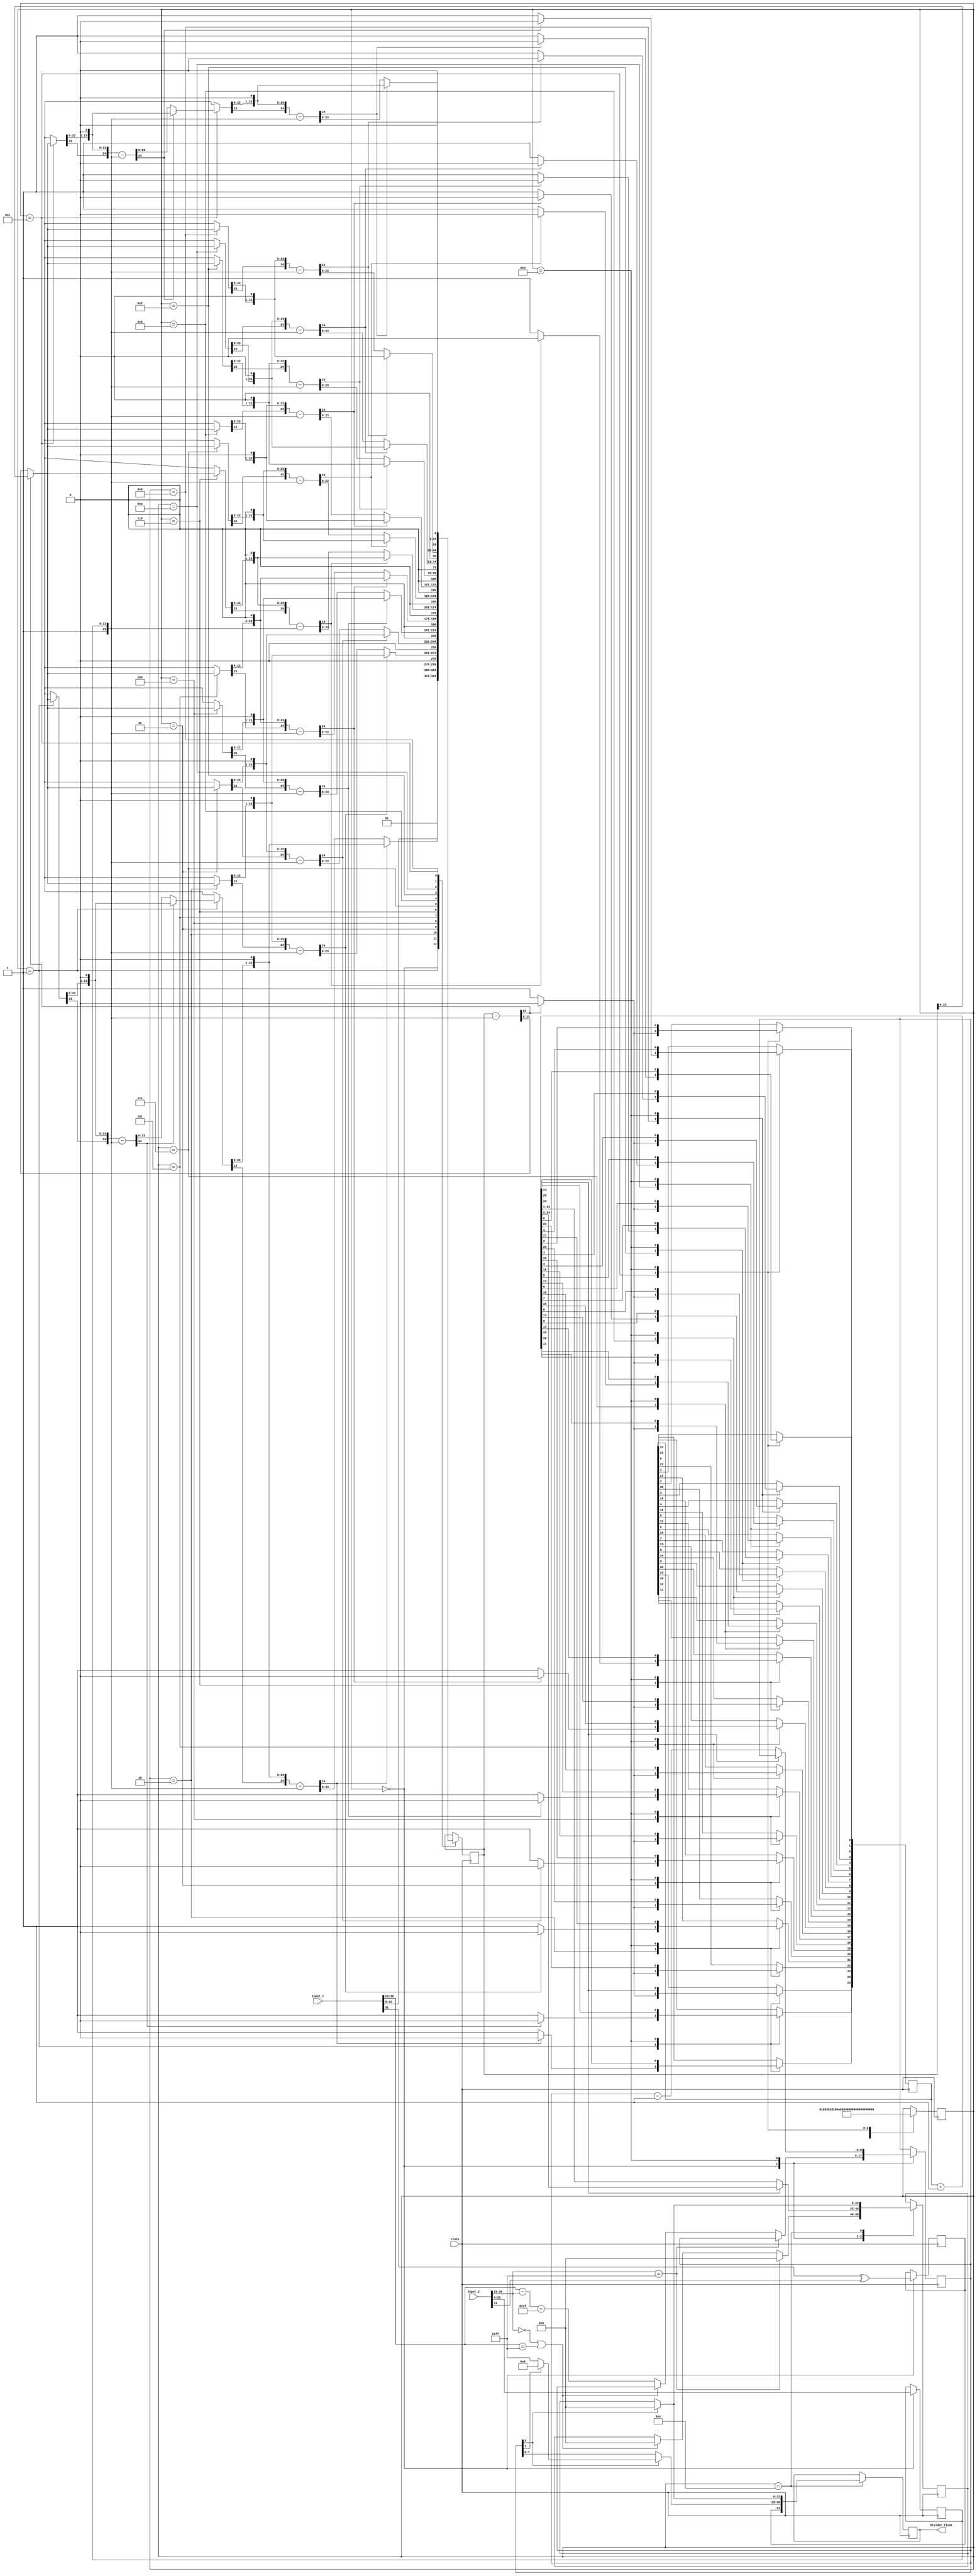
`timescale 1ns / 1ps
//////////////////////////////////////////////////////////////////////////////////
// Company: 
// Engineer: 
// 
// Design Name: 
// Module Name: Divider
// Project Name: 
// Target Devices: 
// Tool Versions: 
// Description: 
// 
// Dependencies: 
// 
// Revision:
// Revision 0.01 - File Created
// Additional Comments:
// 
//////////////////////////////////////////////////////////////////////////////////

module Divider(
		input clock,
		input [31:0] Input_1,
		input [31:0] Input_2,
		output reg [31:0] Divider_Float
    );
    
    reg [22:0] Input_1_mnt, Input_2_mnt, Divider_Float_mnt;
    reg [7:0] Input_1_exp, Input_2_exp, Divider_Float_exp;
    reg Input_1_sign, Input_2_sign, Divider_Float_sign;
    reg [24:0] partial_remainder, temp_remainder;
    reg [8:0] temp_exp; 
    reg [25:0] quotient;
    
    integer i_for;
    
    reg [8:0] state = 'b0;
        
    always @(posedge clock)
    begin
    case (state)
	'b0:
    begin
		//Breaking the inputs into sign, exponent and mantissa based on IEEE format
        Input_1_mnt = Input_1[22:0];
        Input_1_exp = Input_1[30:23];
        Input_1_sign = Input_1[31];
        Input_2_mnt = Input_2[22:0];
        Input_2_exp = Input_2[30:23];
        Input_2_sign = Input_2[31];
		
        Divider_Float_sign = Input_1_sign ^ Input_2_sign;	//Sign calculation
		
		//Checking special cases to skip the rest of steps if possible
        if(Input_2_exp == 255)								//Division by infinity
        begin
            Divider_Float_exp = 'b0;
            Divider_Float_mnt = 'b0;
        end
        else if(Input_2_exp == 0 || Input_1_exp == 255)		//Division by zero, Division of infinity
        begin
            Divider_Float_exp = 'b11111111;
            Divider_Float_mnt = 'b0;
        end
        else
        begin
            temp_exp = {{1'b0}, Input_1_exp} - {{1'b0}, Input_2_exp} + 127;
        end
		//Mantissa division is conducted using restoring algorithm for unsigned binary nyumbers
        partial_remainder = {{2'b01}, Input_1_mnt};			//leading "1"
        i_for = 25;
        state = 'b1;
    end
    'b1: 
    begin  
		//Normalizing the results for the defined leading "1" in IEEE format
		//Shifting left the mantissa and adjussting the expont while the last bit is "0"
        for(i_for = 25; i_for >= 23; i_for = i_for - 1)
        begin
            temp_remainder = partial_remainder - {{2'b01}, Input_2_mnt};
            if(temp_remainder[24] == 1'b0)
            begin 
                quotient[i_for] = 1'b1;
                partial_remainder = temp_remainder;
            end
            else
            begin
                quotient[i_for] = 1'b0;
            end 
            partial_remainder = {{partial_remainder[23:0]}, {1'b0}};
        end
        state = 'b10;
    end
    'b10:
    begin  
		//Normalizing the results for the defined leading "1" in IEEE format
		//Shifting left the mantissa and adjussting the expont while the last bit is "0"
        for(i_for = 22; i_for >= 21; i_for = i_for - 1)
        begin
            temp_remainder = partial_remainder - {{2'b01}, Input_2_mnt};
            if(temp_remainder[24] == 1'b0)
            begin 
                quotient[i_for] = 1'b1;
                partial_remainder = temp_remainder;
            end
            else
            begin
                quotient[i_for] = 1'b0;
            end 
            partial_remainder = {{partial_remainder[23:0]}, {1'b0}};
        end
        state = 'b11;
    end
    'b11:
    begin 
		//Normalizing the results for the defined leading "1" in IEEE format
		//Shifting left the mantissa and adjussting the expont while the last bit is "0"
        for(i_for = 20; i_for >= 19; i_for = i_for - 1)
        begin
            temp_remainder = partial_remainder - {{2'b01}, Input_2_mnt};
            if(temp_remainder[24] == 1'b0)
            begin 
                quotient[i_for] = 1'b1;
                partial_remainder = temp_remainder;
            end
            else
            begin
                quotient[i_for] = 1'b0;
            end 
            partial_remainder = {{partial_remainder[23:0]}, {1'b0}};
        end
        state = 'b100;
    end    
    'b100:
    begin
		//Normalizing the results for the defined leading "1" in IEEE format
		//Shifting left the mantissa and adjussting the expont while the last bit is "0"
        for(i_for = 18; i_for >= 17; i_for = i_for - 1)
        begin
            temp_remainder = partial_remainder - {{2'b01}, Input_2_mnt};
            if(temp_remainder[24] == 1'b0)
            begin 
                quotient[i_for] = 1'b1;
                partial_remainder = temp_remainder;
            end
            else
            begin
                quotient[i_for] = 1'b0;
            end 
            partial_remainder = {{partial_remainder[23:0]}, {1'b0}};
        end
        state = 'b101;
    end
    'b101:
    begin 
		//Normalizing the results for the defined leading "1" in IEEE format
		//Shifting left the mantissa and adjussting the expont while the last bit is "0"
        for(i_for = 16; i_for >= 15; i_for = i_for - 1)
        begin
            temp_remainder = partial_remainder - {{2'b01}, Input_2_mnt};
            if(temp_remainder[24] == 1'b0)
            begin 
                quotient[i_for] = 1'b1;
                partial_remainder = temp_remainder;
            end
            else
            begin
                quotient[i_for] = 1'b0;
            end 
            partial_remainder = {{partial_remainder[23:0]}, {1'b0}};
        end
        state = 'b110;
    end
    'b110: 
    begin 
		//Normalizing the results for the defined leading "1" in IEEE format
		//Shifting left the mantissa and adjussting the expont while the last bit is "0"
        for(i_for = 14; i_for >= 13; i_for = i_for - 1)
        begin
            temp_remainder = partial_remainder - {{2'b01}, Input_2_mnt};
            if(temp_remainder[24] == 1'b0)
            begin 
                quotient[i_for] = 1'b1;
                partial_remainder = temp_remainder;
            end
            else
            begin
                quotient[i_for] = 1'b0;
            end 
            partial_remainder = {{partial_remainder[23:0]}, {1'b0}};
        end
        state = 'b111;
    end  
    'b111:
    begin 
		//Normalizing the results for the defined leading "1" in IEEE format
		//Shifting left the mantissa and adjussting the expont while the last bit is "0"
        for(i_for = 12; i_for >= 11; i_for = i_for - 1)
        begin
            temp_remainder = partial_remainder - {{2'b01}, Input_2_mnt};
            if(temp_remainder[24] == 1'b0)
            begin 
                quotient[i_for] = 1'b1;
                partial_remainder = temp_remainder;
            end
            else
            begin
                quotient[i_for] = 1'b0;
            end 
            partial_remainder = {{partial_remainder[23:0]}, {1'b0}};
        end
        state = 'b1000;
    end
    'b1000: 
    begin 
		//Normalizing the results for the defined leading "1" in IEEE format
		//Shifting left the mantissa and adjussting the expont while the last bit is "0"
        for(i_for = 10; i_for >= 9; i_for = i_for - 1)
        begin
            temp_remainder = partial_remainder - {{2'b01}, Input_2_mnt};
            if(temp_remainder[24] == 1'b0)
            begin 
                quotient[i_for] = 1'b1;
                partial_remainder = temp_remainder;
            end
            else
            begin
                quotient[i_for] = 1'b0;
            end 
            partial_remainder = {{partial_remainder[23:0]}, {1'b0}};
        end
        state = 'b1001;
    end
    'b1001:
    begin 
		//Normalizing the results for the defined leading "1" in IEEE format
		//Shifting left the mantissa and adjussting the expont while the last bit is "0"
        for(i_for = 8;i_for >= 7;i_for = i_for - 1)
        begin
            temp_remainder = partial_remainder - {{2'b01}, Input_2_mnt};
            if(temp_remainder[24] == 1'b0)
            begin 
                quotient[i_for] = 1'b1;
                partial_remainder = temp_remainder;
            end
            else
            begin
                quotient[i_for] = 1'b0;
            end 
            partial_remainder = {{partial_remainder[23:0]}, {1'b0}};
        end
        state = 'b1010;
    end    
    'b1010:
    begin
		//Normalizing the results for the defined leading "1" in IEEE format
		//Shifting left the mantissa and adjussting the expont while the last bit is "0"
        for(i_for = 6;i_for >= 5;i_for = i_for - 1)
        begin
            temp_remainder = partial_remainder - {{2'b01}, Input_2_mnt};
            if(temp_remainder[24] == 1'b0 )
            begin 
                quotient[i_for] = 1'b1;
                partial_remainder = temp_remainder;
            end
            else
            begin
                quotient[i_for] = 1'b0;
            end 
            partial_remainder = {{partial_remainder[23:0]}, {1'b0}};
        end
        state = 'b1011;
    end
    'b1011:
    begin  
		//Normalizing the results for the defined leading "1" in IEEE format
		//Shifting left the mantissa and adjussting the expont while the last bit is "0"
        for(i_for = 4;i_for >= 3;i_for = i_for - 1)
        begin
            temp_remainder = partial_remainder - {{2'b01}, Input_2_mnt};
            if ( temp_remainder[24]==1'b0 )
            begin 
                quotient[i_for]=1'b1;
                partial_remainder = temp_remainder;
            end
            else
            begin
                quotient[i_for]=1'b0;
            end 
            partial_remainder = {{partial_remainder[23:0]}, {1'b0}};
        end
        state = 'b1100;
    end
    'b1100:
    begin  
		//Normalizing the results for the defined leading "1" in IEEE format
		//Shifting left the mantissa and adjussting the expont while the last bit is "0"
        for(i_for = 2; i_for >= 0; i_for = i_for - 1)
        begin
            temp_remainder = partial_remainder - {{2'b01}, Input_2_mnt};
            if(temp_remainder[24]==1'b0 )
            begin 
                quotient[i_for] = 1'b1;
                partial_remainder = temp_remainder;
            end
            else
            begin
                quotient[i_for]=1'b0;
            end 
            partial_remainder = {{partial_remainder[23:0]}, {1'b0}};
        end
        state = 'b1101;
    end
    'b1101:
    begin
        quotient = quotient + 1;		//round to nearest even
        if(quotient[25] == 1'b1)
        begin 
            Divider_Float_mnt = quotient[24:2];
        end
        else
        begin
            Divider_Float_mnt = quotient[23:1];
            temp_exp = temp_exp - 1;
        end
        state = 'b1110;
    end
    'b1110:
    begin
        if(temp_exp[8] == 1'b1)
        begin
            if(temp_exp[7] == 1'b1)		//underflow
            begin
                Divider_Float_exp = 'b0;
                Divider_Float_mnt = 'b0;
            end
            else						//overflow
            begin
                Divider_Float_exp = 'b11111111;
                Divider_Float_mnt = 'b0;
            end
        end    
        else
        begin
            Divider_Float_exp = temp_exp[7:0];
        end
        Divider_Float[31:0] = {{Divider_Float_sign}, {Divider_Float_exp}, {Divider_Float_mnt}};
    end
    endcase
    end
endmodule